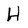
Character: H